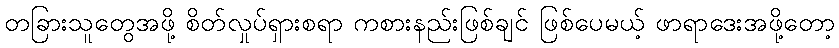
တခြားသူတွေအဖို့ စိတ်လှုပ်ရှားစရာ ကစားနည်းဖြစ်ချင် ဖြစ်ပေမယ့် ဖာရာဒေးအဖို့တော့